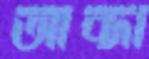
আব্দা